Annual report on the lock hospitals of the Madras Presidency
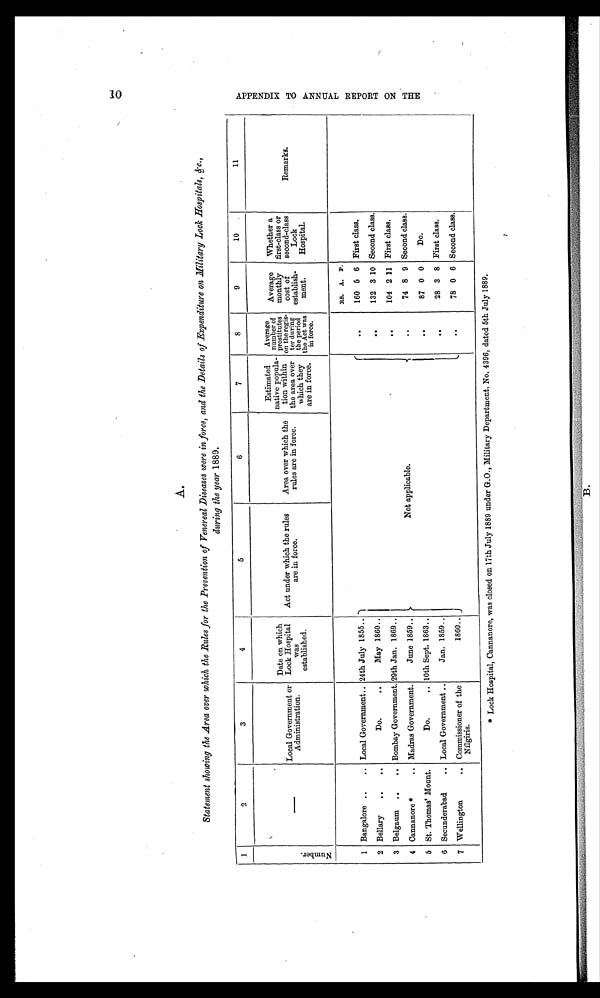
A.
Statement showing the Area over which the Rules for the Prevention of Venereal Diseases were in force, and the Details of Expenditure on Military Lock Hospitals, &c.,
during the Year 1889.
1
2
3
4
5
6
7
8
9
10
11
N u m b e r .
—
Local Government or
Administration.
Date on which
Lock Hospital
was
established.
Act under which the rules
are in force.
Area over which the
rules are in force.
Estimated
native popula-
m
tion within
the area over
which they
are in force.
Average
number of
prostitutes
on the regis-
ter during
the period
the Act was
in force.
Average
monthly
cost of
establish-
ment.
Whether a
first-class or
second-class
Lock
Hospital.
Remarks.
Not applicable.
Rs. A. P.
1 Bangalore ..
.. Local Government.. 24th July 1855 ..
. .
160 5 6 First class.
2 Bellary
. .
..
Do.
. .
May 1860 ..
. .
132 3 10 Second class.
3 Belgaum
. .
. . Bombay Government. 29th Jan. 1869 ..
. .
104 2 11 First class.
4 Cannanore *
..
Madras Government.
June 1859 ..
..
74 8 9 Second class.
5 St. Thomas' Mount.
Do.
.. 10th Sept. 1863 ..
. .
87 0 0
Do.
6 Secunderabad
.. Local Government ..
Jan. 1859 ..
. .
28 3 8 First class.
7 Wellington
.. Commissioner of the
Nilgiris.
1860 ..
..
78 0 6 Second class.
* Lock Hospital, Cannanore, was closed on 17th July 1889 under G.O., Military Department. No. 4396, dated 5th July 1889.
A P P E N D I X T O A N N U A L R E P O R T O N T H E